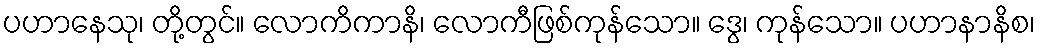
ပဟာနေသု၊ တို့တွင်။ လောကိကာနိ၊ လောကီဖြစ်ကုန်သော။ ဒွေ၊ ကုန်သော။ ပဟာနာနိစ၊